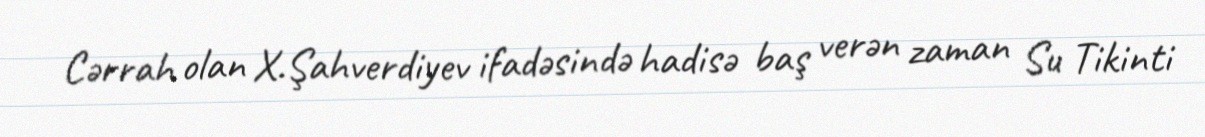
Cərrah olan X.Şahverdiyev ifadəsində hadisə baş verən zaman Su Tikinti